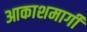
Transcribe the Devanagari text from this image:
आकाशमार्गी